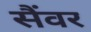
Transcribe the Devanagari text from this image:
सैंवर